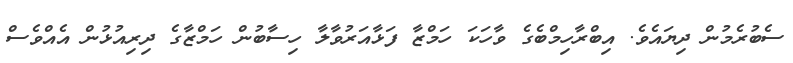
ސެބުރެމުން ދިޔައެވެ. އިބްރާހިމްބެގެ ވާހަކަ ހަމްޒާ ފަޅާއަރުވާލާ ހިސާބުން ހަމްޒާގެ ދިރިއުޅުން އެއްވެސް